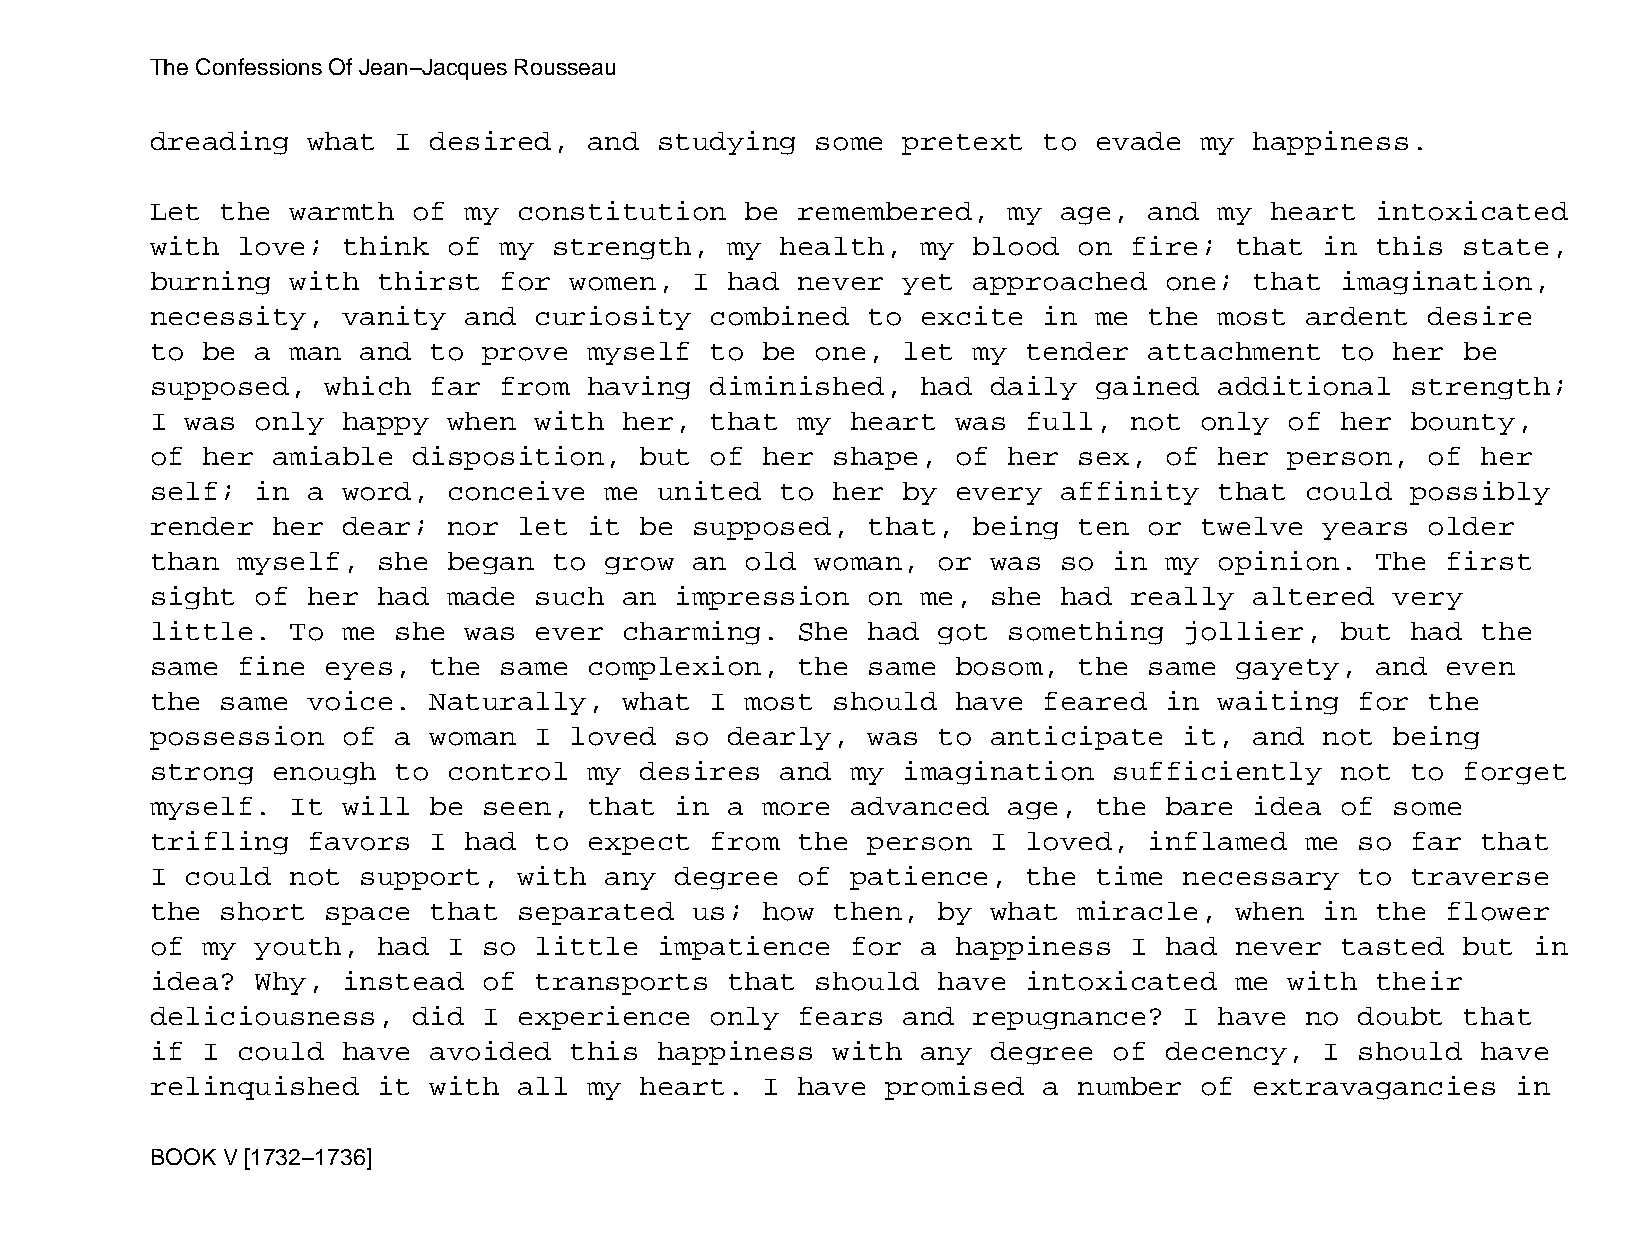
The Confessions Of Jean−Jacques Rousseau
 dreading  what  I desired,   and  studying  some  pretext  to evade  my  happiness.
 Let  the warmth  of  my constitution   be  remembered,   my age,  and  my heart  intoxicated
 with  love;  think  of my  strength,  my  health,  my blood  on  fire;  that  in this  state,
 burning  with  thirst  for  women,  I had  never  yet approached   one;  that  imagination,
 necessity,   vanity  and curiosity   combined  to  excite  in me  the  most ardent   desire
 to be  a man  and to  prove  myself  to be  one,  let my  tender  attachment   to her  be
 supposed,   which far  from  having  diminished,   had  daily gained   additional  strength;
 I was  only  happy  when with  her,  that  my heart  was  full,  not only  of  her bounty,
 of her  amiable  disposition,   but  of her  shape,  of  her sex,  of  her person,   of her
 self;  in a  word,  conceive  me  united  to her  by every  affinity   that could  possibly
 render  her  dear;  nor let  it be  supposed,  that,  being  ten  or twelve   years  older
 than  myself,  she  began  to grow  an old  woman,  or  was so  in my  opinion.  The  first
 sight  of her  had  made such  an  impression  on  me,  she had  really  altered  very
 little.  To  me she  was ever  charming.   She had  got  something  jollier,   but had  the
 same  fine  eyes, the  same  complexion,   the same  bosom,  the  same  gayety,  and  even
 the  same voice.  Naturally,   what  I most  should  have  feared  in  waiting  for  the
 possession   of a woman  I  loved  so dearly,  was  to  anticipate  it,  and  not being
 strong  enough  to  control  my desires   and my  imagination   sufficiently   not to  forget
 myself.  It  will be  seen,  that  in a more  advanced   age, the  bare  idea  of some
 trifling  favors  I  had to  expect  from  the person   I loved,  inflamed  me  so far  that
 I could  not  support,  with  any  degree  of patience,   the time  necessary   to traverse
 the  short  space that  separated   us; how  then,  by  what miracle,   when  in the  flower
 of my  youth,  had  I so little   impatience  for  a happiness   I had  never  tasted  but in
 idea?  Why,  instead  of transports   that  should  have  intoxicated   me with  their
 deliciousness,   did  I experience   only  fears  and repugnance?   I  have no  doubt  that
 if I  could  have avoided   this  happiness  with  any  degree  of decency,   I should  have
 relinquished   it with  all  my heart.  I  have  promised  a number  of  extravagancies   in
 BOOK V [1732−1736]